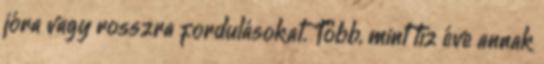
jóra vagy rosszra fordulásokat. Több, mint tíz éve annak